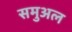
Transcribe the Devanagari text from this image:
समुअल